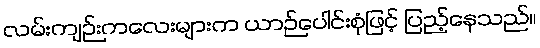
လမ်းကျဉ်းကလေးများက ယာဉ်ပေါင်းစုံဖြင့် ပြည့်နေသည်။